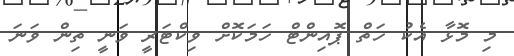
މި މޮޅާ އެކު ހަތް ޕޮއިންޓް ހަމަކޮށް ވިކްޓަރީ ވަނީ ތިން ވަނަ